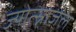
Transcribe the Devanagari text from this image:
ज्योत्स्नाजल